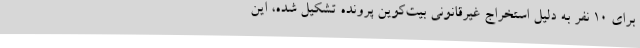
برای 10 نفر به دلیل استخراج غیرقانونی بیت‌کوین پرونده تشکیل شده، این